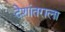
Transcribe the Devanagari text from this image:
देशांतराला